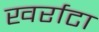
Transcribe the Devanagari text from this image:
खर्राटा